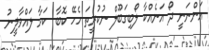
އަންނަނީ ދޯ އަނެއްކާ ލޯބިގަބޫލް ނުކުރީތަ ހެހޭ ކޮބާ  ކަމާ ލައްވާލީނު